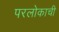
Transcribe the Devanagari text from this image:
परलोकाची